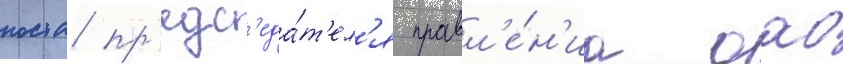
поста пр'едс'еда́т'ел'я правл'е́н'иа оао